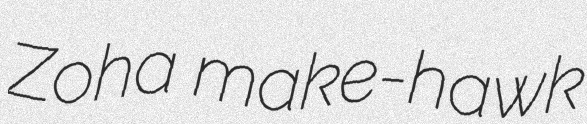
Zoha make-hawk